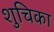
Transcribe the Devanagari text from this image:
शुचिका